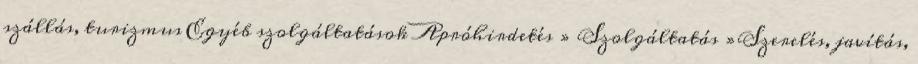
szállás, turizmus Egyéb szolgáltatások Apróhirdetés » Szolgáltatás »Szerelés, javítás,